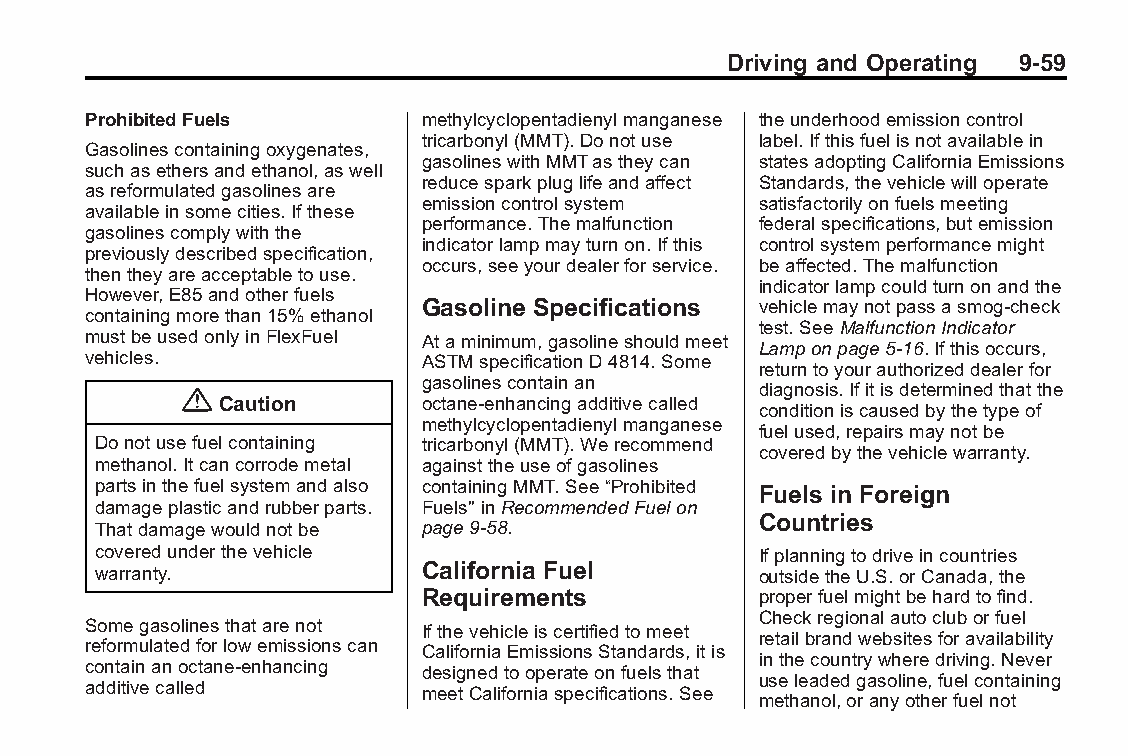
Buick LaCrosse Owner Manual (GMNA-Localizing-U.S./Canada/Mexico- Blackplate(59,1)
 6043609)-2014-2ndEdition-10/17/13
 Driving and Operating 9-59
 ProhibitedFuels        methylcyclopentadienylmanganese theunderhoodemissioncontrol
 tricarbonyl(MMT).Donotuse label.Ifthisfuelisnotavailablein
 Gasolinescontainingoxygenates,
 gasolineswithMMTastheycan statesadoptingCaliforniaEmissions
 suchasethersandethanol,aswell
 reducesparkpluglifeandaffect Standards,thevehiclewilloperate
 asreformulatedgasolinesare
 emissioncontrolsystem satisfactorilyonfuelsmeeting
 availableinsomecities.Ifthese
 performance.Themalfunction federalspecifications,butemission
 gasolinescomplywiththe
 indicatorlampmayturnon.Ifthis controlsystemperformancemight
 previouslydescribedspecification,
 occurs,seeyourdealerforservice. beaffected.Themalfunction
 thentheyareacceptabletouse.
 indicatorlampcouldturnonandthe
 However,E85andotherfuels
 Gasoline Specifications vehiclemaynotpassasmog-check
 containingmorethan15%ethanol
 test.SeeMalfunctionIndicator
 mustbeusedonlyinFlexFuel Ataminimum,gasolineshouldmeet
 Lamponpage5-16.Ifthisoccurs,
 vehicles.              ASTMspecificationD4814.Some
 returntoyourauthorizeddealerfor
 gasolinescontainan
 {                                     diagnosis.Ifitisdeterminedthatthe
 Caution       octane-enhancingadditivecalled
 conditioniscausedbythetypeof
 methylcyclopentadienylmanganese
 fuelused,repairsmaynotbe
 Donotusefuelcontaining tricarbonyl(MMT).Werecommend
 coveredbythevehiclewarranty.
 methanol.Itcancorrodemetal againsttheuseofgasolines
 partsinthefuelsystemandalso containingMMT.See“Prohibited Fuels in Foreign
 damageplasticandrubberparts. Fuels"inRecommendedFuelon
 Countries
 Thatdamagewouldnotbe  page9-58.
 coveredunderthevehicle                      Ifplanningtodriveincountries
 warranty.             California Fuel       outsidetheU.S.orCanada,the
 Requirements          properfuelmightbehardtofind.
 Checkregionalautocluborfuel
 Somegasolinesthatarenot Ifthevehicleiscertifiedtomeet
 retailbrandwebsitesforavailability
 reformulatedforlowemissionscan CaliforniaEmissionsStandards,itis
 inthecountrywheredriving.Never
 containanoctane-enhancing designedtooperateonfuelsthat
 useleadedgasoline,fuelcontaining
 additivecalled         meetCaliforniaspecifications.See
 methanol,oranyotherfuelnot